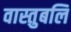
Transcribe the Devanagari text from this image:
वास्तुबलि